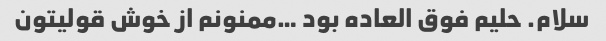
سلام. حلیم فوق العاده بود …ممنونم از خوش قولیتون